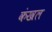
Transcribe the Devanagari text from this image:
कंखल